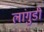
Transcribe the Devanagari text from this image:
लांगुडी